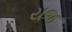
યજ